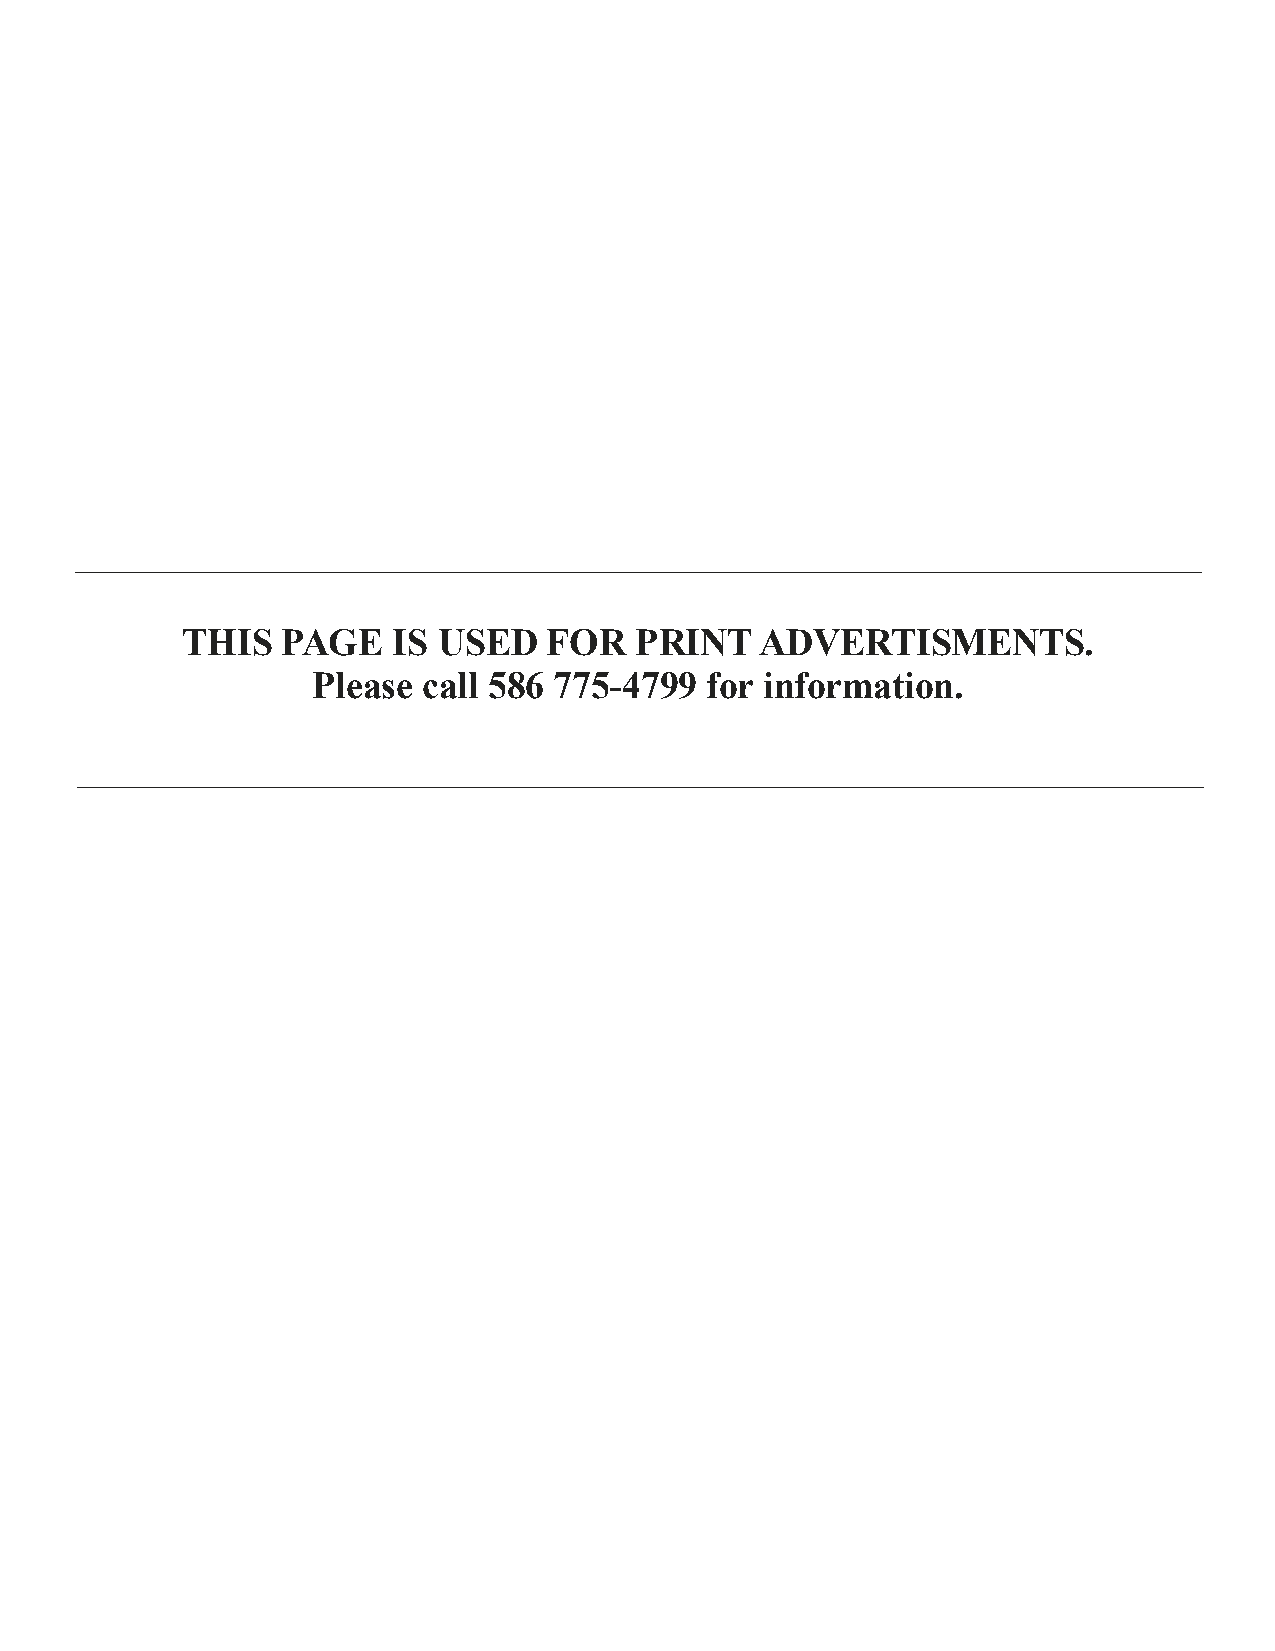
THIS   PAGE   IS USED   FOR   PRINT   ADVERTISMENTS.
 Please call 586 775-4799  for information.